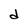
Character: d